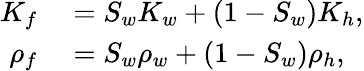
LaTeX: \begin{array}{rl}{K_{f}}&{{}=S_{w}K_{w}+(1-S_{w})K_{h},}\\ {\rho_{f}}&{{}=S_{w}\rho_{w}+(1-S_{w})\rho_{h},}\end{array}